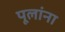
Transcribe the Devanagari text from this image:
पूलांना